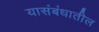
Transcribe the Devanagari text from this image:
यासंबंधातील